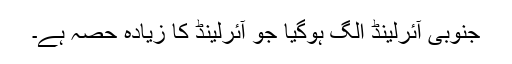
جنوبی آئرلینڈ الگ ہوگیا جو آئرلینڈ کا زیادہ حصہ ہے۔